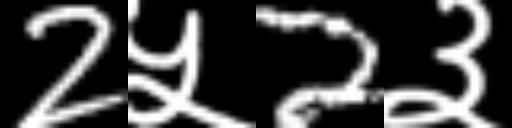
Text: 2५2३